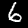
Label: 6